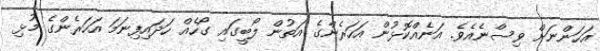
އަހަންނަށް ވިސްނެއެވެ. އަނެއްކޮޅުން އަހަރެންގެ އަތުން ލޯބީގައި ގޯހެއް ހަދައިފިނަމަ އަހަރެންގެ މުޅި